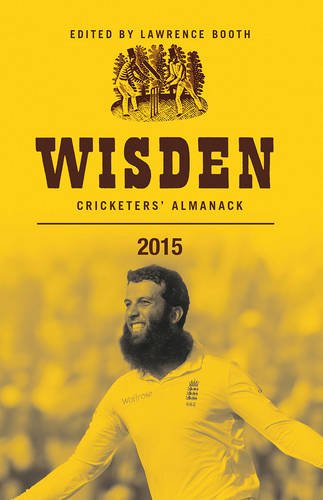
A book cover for Wisden Cricketers' Almanack 2015; Sports & Outdoors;